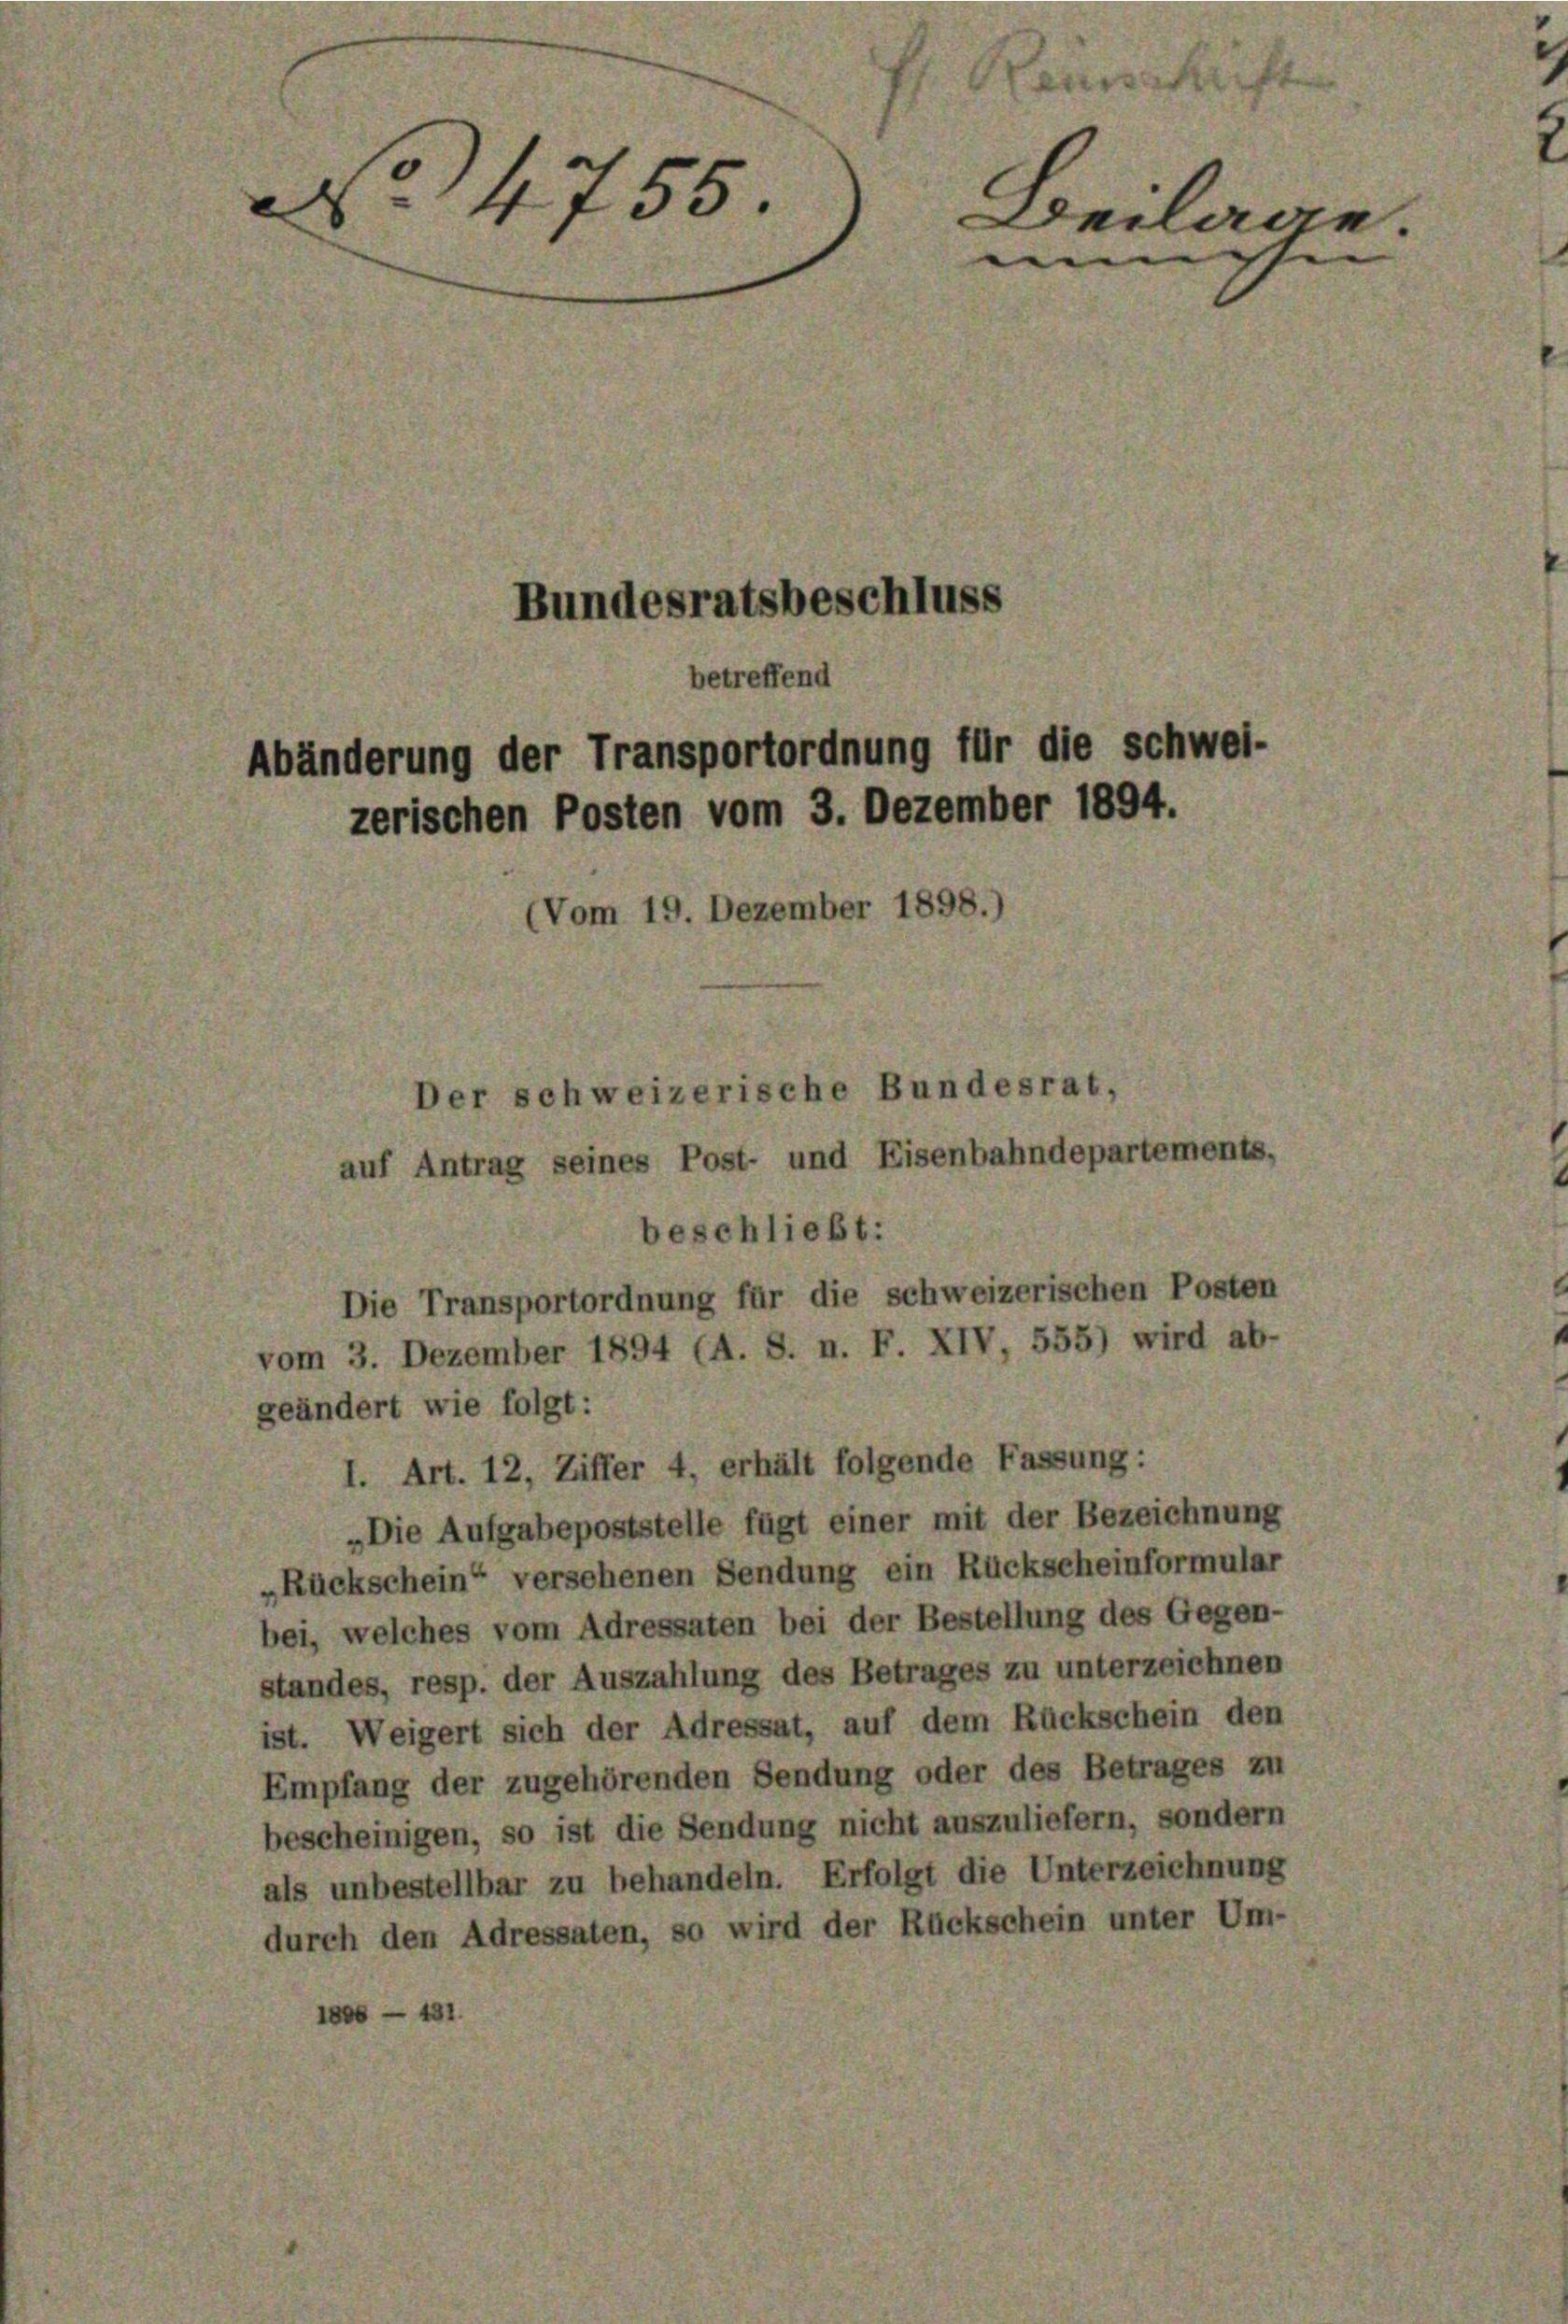
44755

Bundesratsbeschluss

betreffend
Abänderung der Transportordnung für die Schwei-
zerischen Posten vom 3. Dezember 1894.
(Vom 19. Dezember 1898.
er schweizerische Bundesrat,
auf Antrag seines Post- und Eisenbahndepartements

beschließt:
Die Transportordnung für die schweizerischen Posten
vom 3. Dezember 1894 (A. S. n. F. XIV, 555) wird ab-
geändert wie folgt:
Art. 12, Ziffer 4, erhält folgende Fassung:
„Die Aufgabepoststelle fügt einer mit der Bezeichnung
„Rückschein“ versehenen Sendung ein Rückscheinformular
bei, welches vom Adressaten bei der Bestellung des Gegen-
standes, resp. der Auszahlung des Betrages zu unterzeichnen
ist. Weigert sich der Adressat, auf dem Rückschein den
Empfang der zugehörenden Sendung oder des Betrages zu
bescheinigen, so ist die Sendung nicht auszuliefern, sondern
als unbestellbar zu behandeln. Erfolgt die Unterzeichnung
durch den Adressaten, so wird der Rückschein unter Um-
481.

Beilage